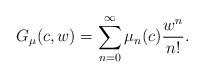
LaTeX: \begin{gather*}G_{\mu}(c,w)=\sum\limits_{n=0}^{\infty}\mu_{n}(c) \frac{w^{n}}{n!}.\end{gather*}